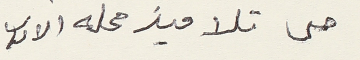
حتى تلاميذ محلة الادب